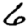
Digit: 6